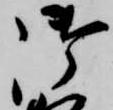
御